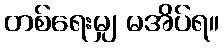
တစ်ရေးမျှ မအိပ်ရ။